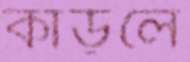
কাড়লে